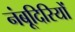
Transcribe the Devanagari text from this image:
नंबूदिरियों